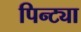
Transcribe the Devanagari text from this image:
पिन्ट्या